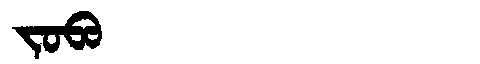
Manchu: ᠵᠣᠪᠣ
Romanization: JOBO